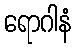
ရောဂါနံ